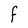
Character: F